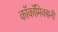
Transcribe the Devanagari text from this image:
काॅकॉमिक्सनी